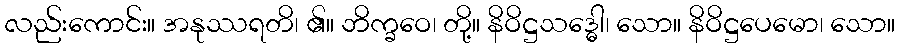
လည်းကောင်း။ အနုဿရတိ၊ ၏။ ဘိက္ခဝေ၊ တို့။ နိဝိဋ္ဌသဒ္ဓေါ၊ သော။ နိဝိဋ္ဌပေမော၊ သော။